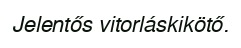
Jelentős vitorláskikötő.